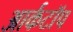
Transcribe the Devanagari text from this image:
आर्कटॉप